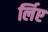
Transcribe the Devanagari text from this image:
र्लिए